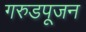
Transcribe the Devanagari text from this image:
गरुडपूजन